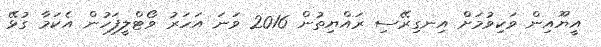
އީޔޫއިން ވަކިވުމަށް އިނގިރޭސި ރައްޔިތުން 2016 ވަނަ އަހަރު ވޯޓްލީފަހުން އެކަމާ ގުޅޭ